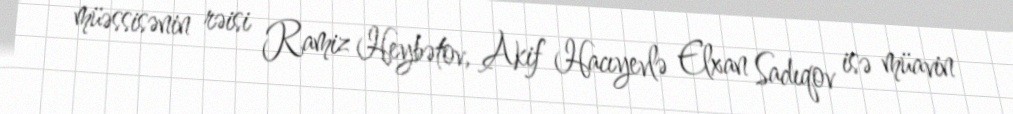
müəssisənin rəisi Ramiz Heybətov, Akif Hacıyevlə Elxan Sadıqov isə müavin